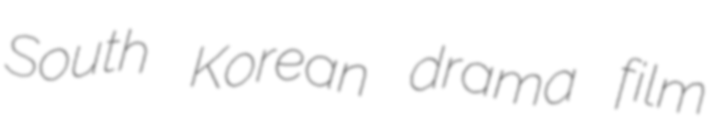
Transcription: South Korean drama film